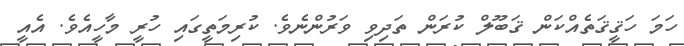
ހަމަ ހަޤީޤަތެއްކަން ޤަބޫލް ކުރަން ތަދިވި ވަރުންނެވެ. ކުރިމަތީގައި ހުރީ މާހީއެވެ. އެއީ